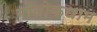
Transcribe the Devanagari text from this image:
गोलोकधाम